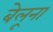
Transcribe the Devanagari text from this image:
बेलूना